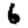
Digit: 6